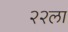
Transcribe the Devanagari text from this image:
२२ला